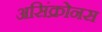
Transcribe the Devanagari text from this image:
असिंक्रोनस